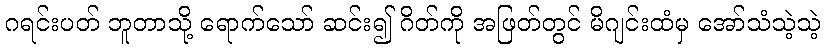
ဂရင်းပတ် ဘူတာသို့ ရောက်သော် ဆင်း၍ ဂိတ်ကို အဖြတ်တွင် မိဂျင်းထံမှ အော်သံသဲ့သဲ့